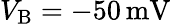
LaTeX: V_{\mathrm{B}}=-50\, \mathrm{mV}